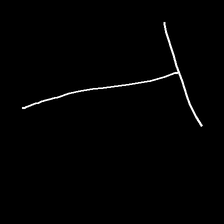
Glyph: column